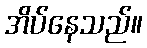
အိပ်နေသည်။